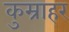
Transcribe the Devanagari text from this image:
कुम्राहर